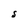
Character: S